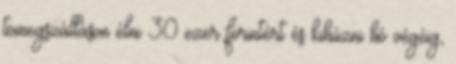
tömegszálláson élni 30 ezer forintért és kihúzni hó végéig,